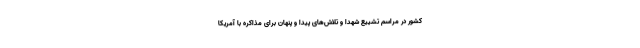
کشور در مراسم تشییع شهدا و تلاش‌های پیدا و پنهان برای مذاکره با آمریکا